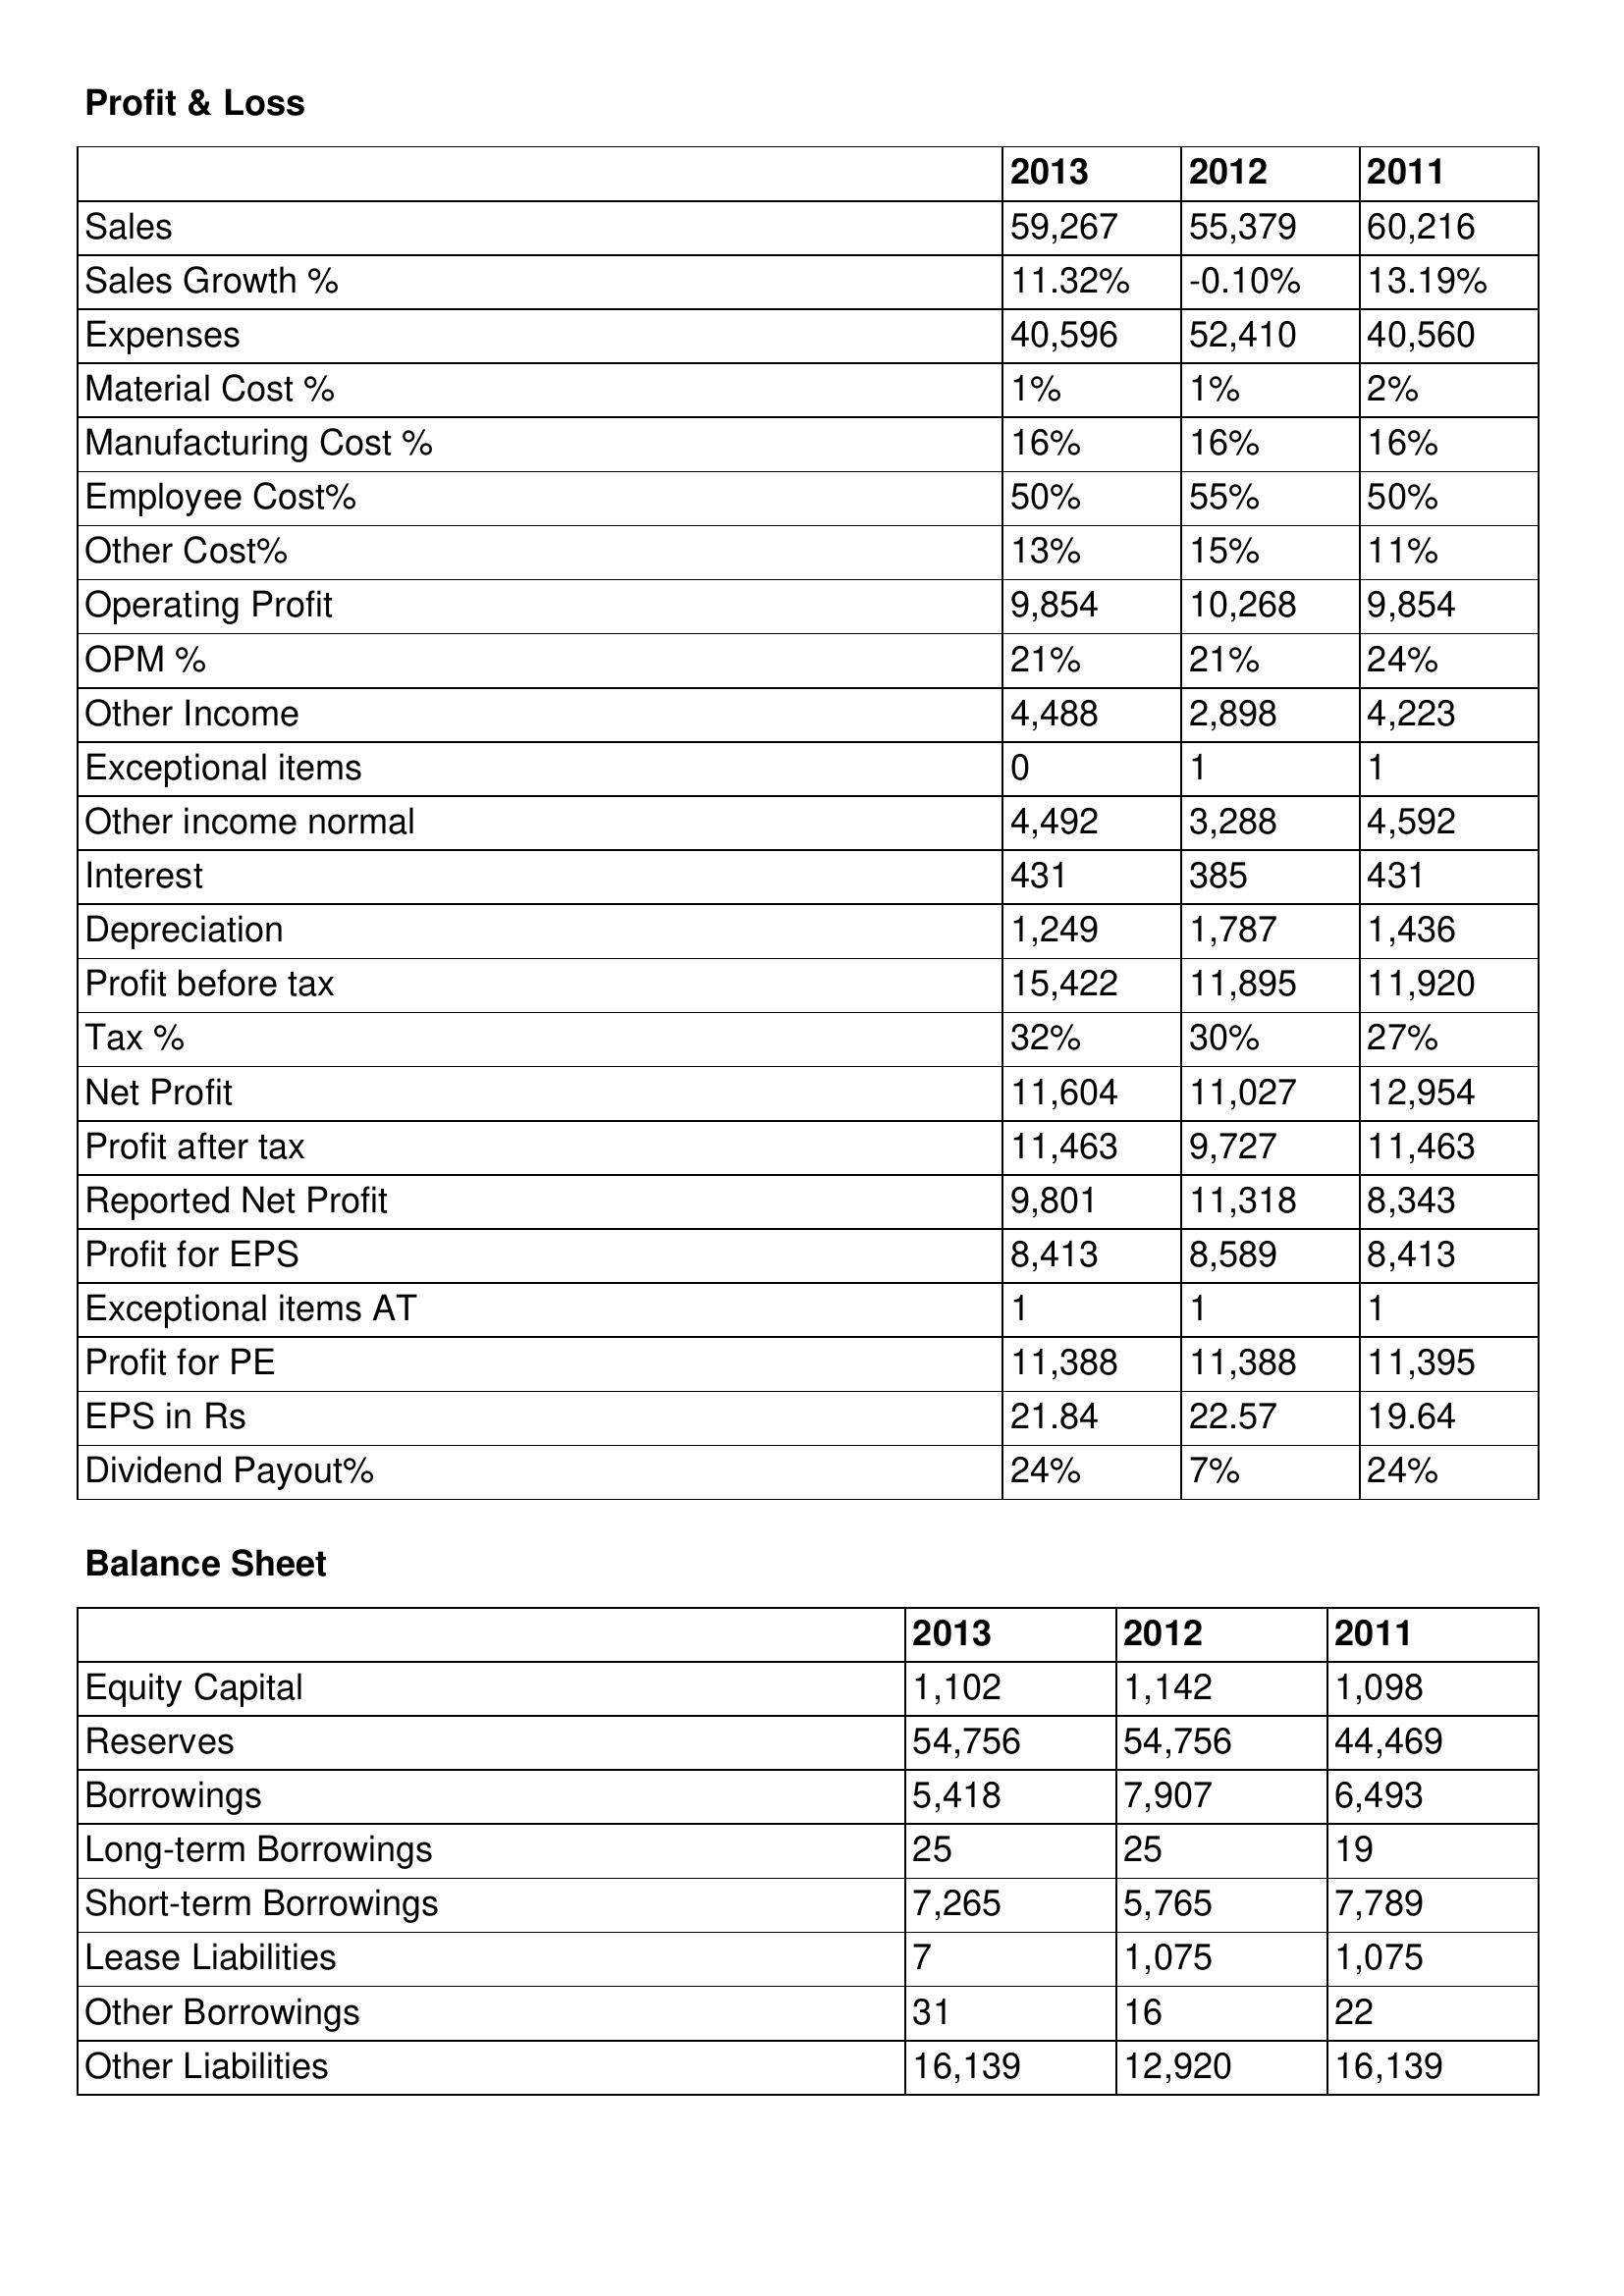
gt_parse: 2013: Profit & Loss: Sales: 59,267
Sales Growth %: 11.32%
Expenses: 40,596
Material Cost %: 1%
Manufacturing Cost %: 16%
Employee Cost%: 50%
Other Cost%: 13%
Operating Profit: 9,854
OPM %: 21%
Other Income: 4,488
Exceptional items: 0
Other income normal: 4,492
Interest: 431
Depreciation: 1,249
Profit before tax: 15,422
Tax %: 32%
Net Profit: 11,604
Profit after tax: 11,463
Reported Net Profit: 9,801
Profit for EPS: 8,413
Exceptional items AT: 1
Profit for PE: 11,388
EPS in Rs: 21.84
Dividend Payout%: 24%
Balance Sheet: Equity Capital: 1,102
Reserves: 54,756
Borrowings: 5,418
Long-term Borrowings: 25
Short-term Borrowings: 7,265
Lease Liabilities: 7
Other Borrowings: 31
Other Liabilities: 16,139
2012: Profit & Loss: Sales: 55,379
Sales Growth %: -0.10%
Expenses: 52,410
Material Cost %: 1%
Manufacturing Cost %: 16%
Employee Cost%: 55%
Other Cost%: 15%
Operating Profit: 10,268
OPM %: 21%
Other Income: 2,898
Exceptional items: 1
Other income normal: 3,288
Interest: 385
Depreciation: 1,787
Profit before tax: 11,895
Tax %: 30%
Net Profit: 11,027
Profit after tax: 9,727
Reported Net Profit: 11,318
Profit for EPS: 8,589
Exceptional items AT: 1
Profit for PE: 11,388
EPS in Rs: 22.57
Dividend Payout%: 7%
Balance Sheet: Equity Capital: 1,142
Reserves: 54,756
Borrowings: 7,907
Long-term Borrowings: 25
Short-term Borrowings: 5,765
Lease Liabilities: 1,075
Other Borrowings: 16
Other Liabilities: 12,920
2011: Profit & Loss: Sales: 60,216
Sales Growth %: 13.19%
Expenses: 40,560
Material Cost %: 2%
Manufacturing Cost %: 16%
Employee Cost%: 50%
Other Cost%: 11%
Operating Profit: 9,854
OPM %: 24%
Other Income: 4,223
Exceptional items: 1
Other income normal: 4,592
Interest: 431
Depreciation: 1,436
Profit before tax: 11,920
Tax %: 27%
Net Profit: 12,954
Profit after tax: 11,463
Reported Net Profit: 8,343
Profit for EPS: 8,413
Exceptional items AT: 1
Profit for PE: 11,395
EPS in Rs: 19.64
Dividend Payout%: 24%
Balance Sheet: Equity Capital: 1,098
Reserves: 44,469
Borrowings: 6,493
Long-term Borrowings: 19
Short-term Borrowings: 7,789
Lease Liabilities: 1,075
Other Borrowings: 22
Other Liabilities: 16,139